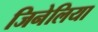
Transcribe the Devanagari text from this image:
जिनेलिया